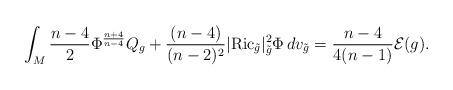
LaTeX: \begin{align*}\int_{M}\frac{n-4}{2}\Phi^{\frac{n+4}{n-4}}Q_{g}+ \frac{(n-4)}{(n-2)^2}|\mathrm{Ric}_{\tilde{g}}|^2_{\tilde{g}}\Phi \, dv_{\tilde{g}} =\frac{n-4}{4(n-1)}\mathcal{E}(g).\end{align*}